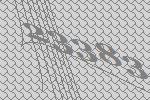
23383